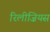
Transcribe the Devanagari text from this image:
रिलीज़ियस